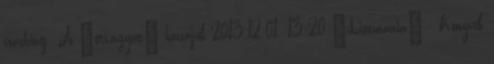
coaching: Jó "étvágyat" hozzájuk 2013.12.01. 13:20 “Listmania” - Könyvek